Annual report of the Punjab Veterinary College and of the Civil Veterinary Department, Punjab - 1894-1908
Year: 1894
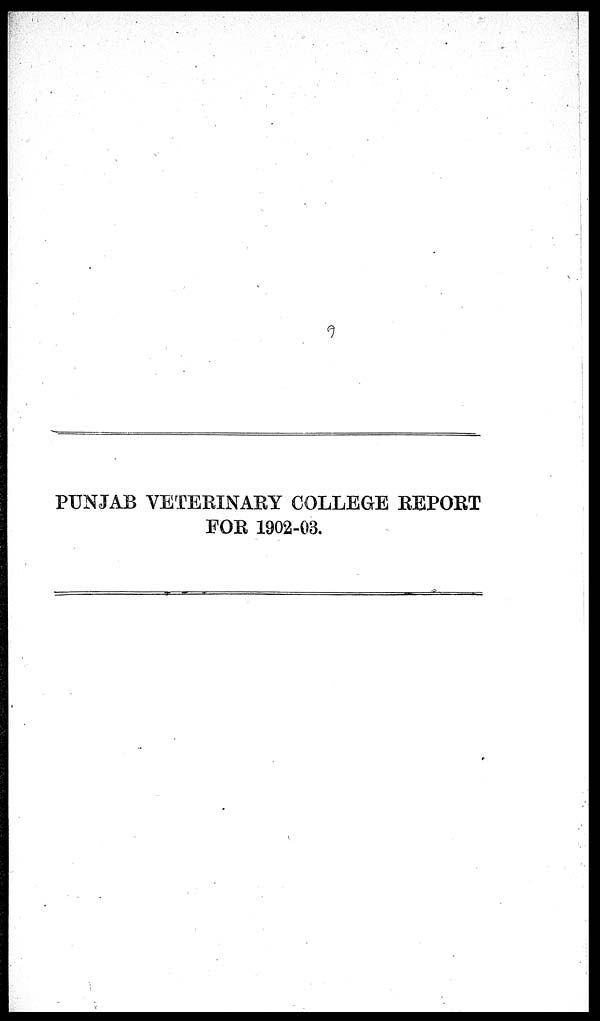
PUNJAB VETERINARY COLLEGE REPORT
FOR 1902-03.